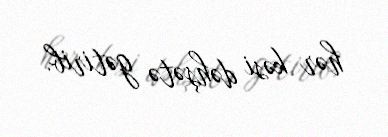
hər kəsi dəhşətə gətirib.